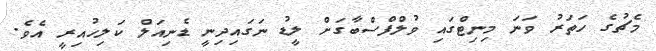
މެޗުގެ ހަތަރު ވަނަ މިނިޓްގައި ވުލްފްސްބާގަށް ލީޑު ނަގައިދިނީ ޑެނިއަލް ކަލިހުއިރީ އެވެ.